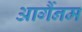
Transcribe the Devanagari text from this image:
आर्गैनम